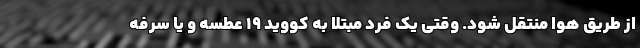
از طریق هوا منتقل شود. وقتی یک فرد مبتلا به کووید ۱۹ عطسه و یا سرفه